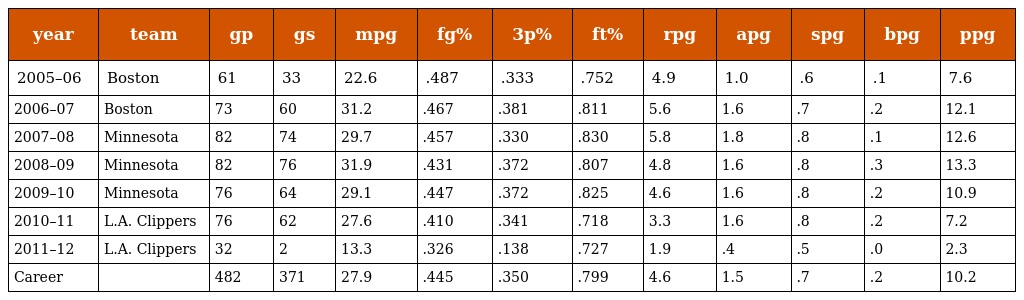
| year | team | gp | gs | mpg | fg% | 3p% | ft% | rpg | apg | spg | bpg | ppg |
 | --- | --- | --- | --- | --- | --- | --- | --- | --- | --- | --- | --- | --- |
 | 2005–06 | Boston | 61 | 33 | 22.6 | .487 | .333 | .752 | 4.9 | 1.0 | .6 | .1 | 7.6 |
 | 2006–07 | Boston | 73 | 60 | 31.2 | .467 | .381 | .811 | 5.6 | 1.6 | .7 | .2 | 12.1 |
 | 2007–08 | Minnesota | 82 | 74 | 29.7 | .457 | .330 | .830 | 5.8 | 1.8 | .8 | .1 | 12.6 |
 | 2008–09 | Minnesota | 82 | 76 | 31.9 | .431 | .372 | .807 | 4.8 | 1.6 | .8 | .3 | 13.3 |
 | 2009–10 | Minnesota | 76 | 64 | 29.1 | .447 | .372 | .825 | 4.6 | 1.6 | .8 | .2 | 10.9 |
 | 2010–11 | L.A. Clippers | 76 | 62 | 27.6 | .410 | .341 | .718 | 3.3 | 1.6 | .8 | .2 | 7.2 |
 | 2011–12 | L.A. Clippers | 32 | 2 | 13.3 | .326 | .138 | .727 | 1.9 | .4 | .5 | .0 | 2.3 |
 | Career |  | 482 | 371 | 27.9 | .445 | .350 | .799 | 4.6 | 1.5 | .7 | .2 | 10.2 |